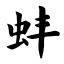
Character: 蚌